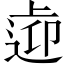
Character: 𨓑